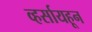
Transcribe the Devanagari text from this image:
व्हर्सायहून